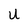
Character: U